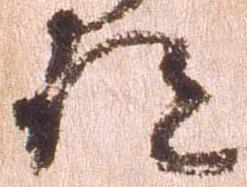
跡